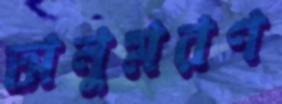
অনুমরণ